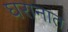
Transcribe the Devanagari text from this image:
घरानात